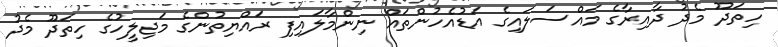
ހިތަދޫ މެދު ދާއިރާގެ މައްސަލައިގެ އަޑުއެހުންތައް ނިންމާލައިފި ރައްޔިތުންގެ މަޖިލީހުގެ ހިތަދޫ މެދު